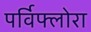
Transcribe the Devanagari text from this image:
पर्विफ्लोरा